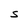
Character: S